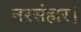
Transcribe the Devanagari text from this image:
नरसंहार।